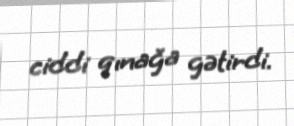
ciddi qınağa gətirdi.